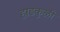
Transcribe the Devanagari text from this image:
हाडकुळी